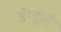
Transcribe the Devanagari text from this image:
डेंग्यूची